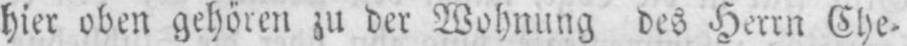
hier oben gehören zu der Wohnung des Herrn Che⸗